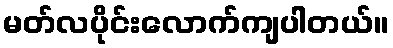
မတ်လပိုင်းလောက်ကျပါတယ်။